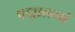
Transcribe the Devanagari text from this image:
पद्मालयां